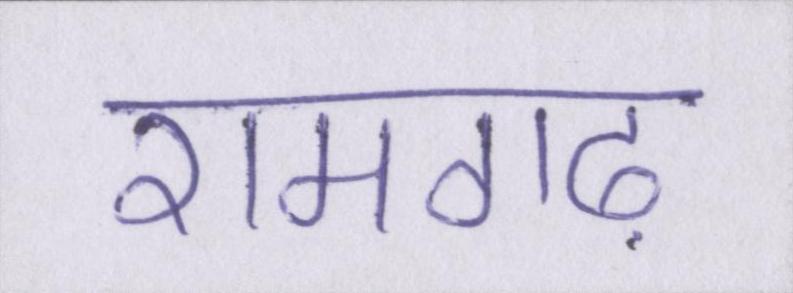
रामगढ़